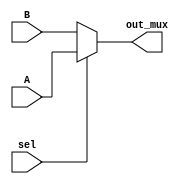
`timescale 1ns / 1ps
//////////////////////////////////////////////////////////////////////////////////
// Company: 
// Engineer: 
// 
// Design Name: 
// Module Name:    mux 
// Project Name: 
// Target Devices: 
// Tool versions: 
// Description: 
//
// Dependencies: 
//
// Revision: 
// Revision 0.01 - File Created
// Additional Comments: 
//
//////////////////////////////////////////////////////////////////////////////////
module mux(
    input [31:0] A,
    input [31:0] B,
    input sel,
    output reg [31:0]out_mux
    );
	always@(*)
		begin
			out_mux <= sel?A:B;
			end

endmodule